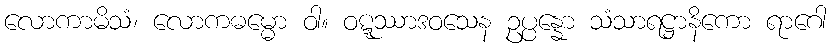
လောကာမိသံ၊ လောကဓမ္မော ဝါ။ ဝဋ္ဋဿာဒဝသေန ဥပ္ပန္နော သံသာရဋ္ဌာနိကော ရာဂေါ